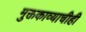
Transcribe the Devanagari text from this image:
मुक्तकाव्याचीही